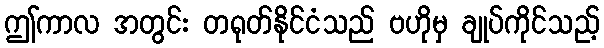
ဤကာလ အတွင်း တရုတ်နိုင်ငံသည် ဗဟိုမှ ချုပ်ကိုင်သည့်